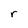
Character: r